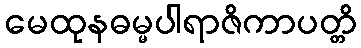
မေထုနဓမ္မပါရာဇိကာပတ္တိ